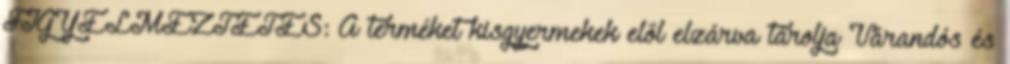
FIGYELMEZTETÉS: A terméket kisgyermekek elől elzárva tárolja Várandós és